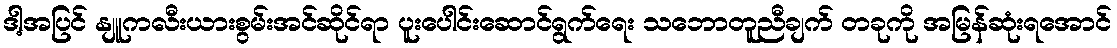
ဒါ့အပြင် နျူကလီးယားစွမ်းအင်ဆိုင်ရာ ပူးပေါင်းဆောင်ရွက်ရေး သဘောတူညီချက် တခုကို အမြန်ဆုံးရအောင်